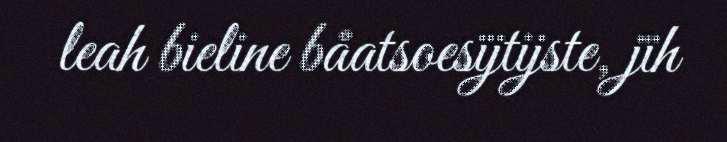
leah bieline båatsoesïjtijste, jïh